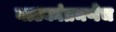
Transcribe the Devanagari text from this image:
नाटकांप्रमणेच